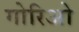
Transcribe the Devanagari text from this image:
गोरिओ